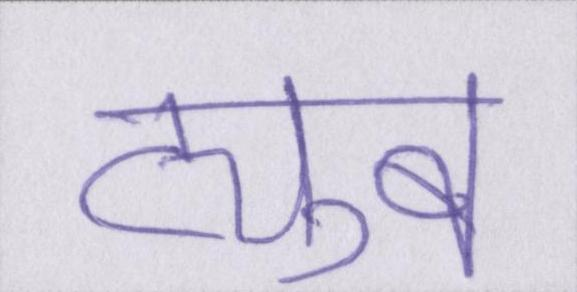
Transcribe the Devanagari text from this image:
ट्यूब